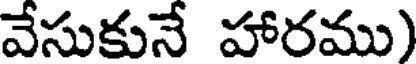
వేసుకునే హారము)